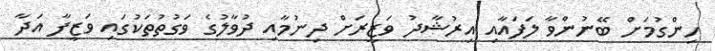
ހިންގުމަށް ބޭނުންވާ ލަފައާއި އިރުޝާދު ވަޒީރަށް ދިނުމާއި ދުވާލުގެ ވަގުތުތަކުގައި ވަޒީފާ އަދާ